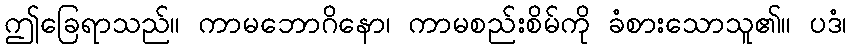
ဤခြေရာသည်။ ကာမဘောဂိနော၊ ကာမစည်းစိမ်ကို ခံစားသောသူ၏။ ပဒံ၊